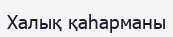
Халық қаһарманы